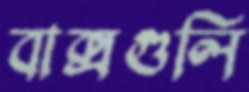
বাক্সগুলি